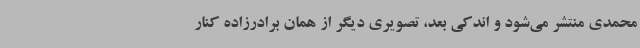
‌محمدی منتشر می‌شود و اندکی بعد، تصویری دیگر از همان برادرزاده کنار